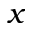
x